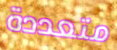
متعددة